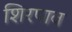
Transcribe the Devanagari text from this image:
शिरपाव